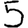
Digit: 5